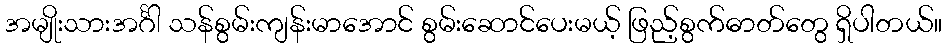
အမျိုးသားအင်္ဂါ သန်စွမ်းကျန်းမာအောင် စွမ်းဆောင်ပေးမယ့် ဖြည့်စွက်ဓာတ်တွေ ရှိပါတယ်။